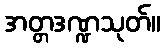
အတ္တဒဏ္ဍသုတ်။